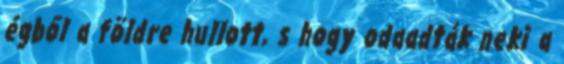
égből a földre hullott, s hogy odaadták neki a